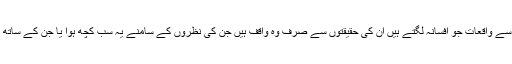
وہاں کے بہت سے واقعات جو افسانہ لگتے ہیں ان کی حقیقتوں سے صرف وہ واقف ہیں جن کی نظروں کے سامنے یہ سب کچھ ہوا یا جن کے ساتھ یہ سانحہ گزرا۔